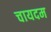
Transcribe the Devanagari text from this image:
चायदम